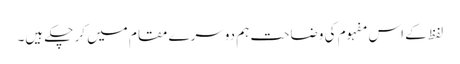
لفظ کے اس مفہوم کی وضاحت ہم دوسرے مقام میں کر چکے ہیں۔